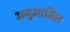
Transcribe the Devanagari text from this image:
अनुमामित